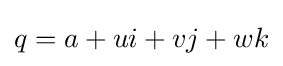
q=a+ui+vj+wk